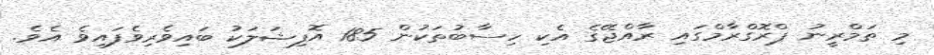
މި ތަމްރީނު ޕްރޮގްރާމްގައި ރާއްޖޭގެ އެކި ހިސާބުތަކުން 185 އޮފިޝަލަކު ބައިވެރިވެފައިވެ އެވެ.